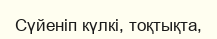
Сүйеніп күлкі, тоқтықта,